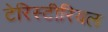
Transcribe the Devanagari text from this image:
टेरिस्टीरियल